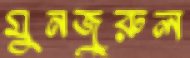
মুনজুরুল